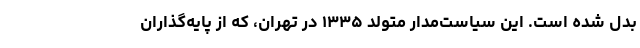
بدل شده است. این سیاست‌مدار متولد ۱۳۳۵ در تهران، که از پایه‌گذاران